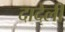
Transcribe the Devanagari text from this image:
दादेली